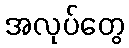
အလုပ်တွေ